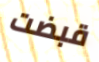
قبضت